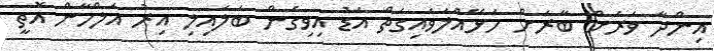
އިންދާ ވަރަށް ބާރަށް ހަޅޭއްލަވައިގަތް އަޑު އިވިގެން ބަލައިލި އިރު އަލްހާން އޮތީ